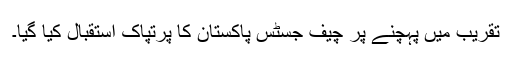
تقریب میں پہچنے پر چیف جسٹس پاکستان کا پرتپاک استقبال کیا گیا۔